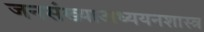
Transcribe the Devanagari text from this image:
जनसंख्याअध्ययनशास्त्र